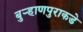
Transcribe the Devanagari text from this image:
बुऱ्हाणपुराकडे